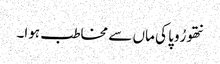
نتھو رُوپا کی ماں سے مخاطب ہوا۔